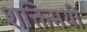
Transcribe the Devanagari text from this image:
शक्तिमयी